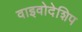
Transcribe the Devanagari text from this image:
वाइवोदेशिप